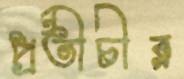
প্রতীচীর